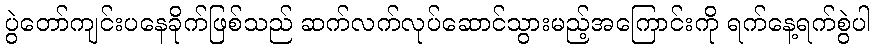
ပွဲတော်ကျင်းပနေခိုက်ဖြစ်သည် ဆက်လက်လုပ်ဆောင်သွားမည့်အကြောင်းကို ရက်နေ့ရက်စွဲပါ